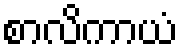
စာလိကာယံ